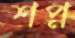
শপ্ন